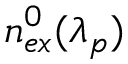
n _ { e x } ^ { 0 } ( \lambda _ { p } )